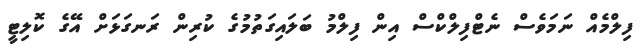
ފިލްމެއް ނަމަވެސް ނެޓްފިލްކްސް އިން ފިލްމު ބަލައިގަތުމުގެ ކުރިން ރަނގަޅަށް އޭގެ ކޮލިޓީ